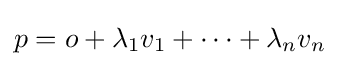
p=o+\lambda _{1}v_{1}+\dots +\lambda _{n}v_{n}